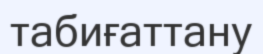
табиғаттану